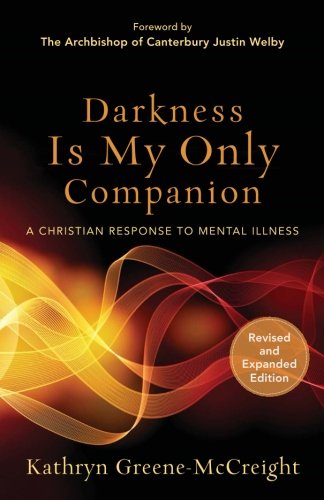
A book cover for Darkness Is My Only Companion: A Christian Response to Mental Illness; Kathryn Greene-McCreight; Medical Books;